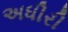
અધીરી